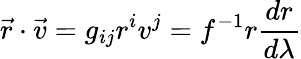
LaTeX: \vec{r}\cdot\vec{v}=g_{ij}r^{i}v^{j}=f^{-1}r\frac{dr}{d\lambda}